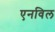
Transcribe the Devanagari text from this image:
एनविल